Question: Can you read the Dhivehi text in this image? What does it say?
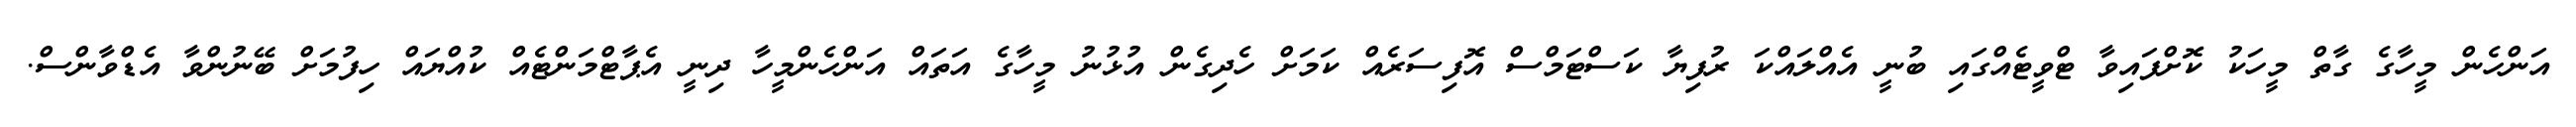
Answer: އަންހެން މީހާގެ ގާތް މީހަކު ކޮށްފައިވާ ޓްވީޓެއްގައި ބުނީ އެއްލައްކަ ރުފިޔާ ކަސްޓަމްސް އޮފިސަރެއް ކަމަށް ހެދިގެން އުޅުނު މީހާގެ އަތައް އަންހެންމީހާ ދިނީ އެޕާޓްމަންޓެއް ކުއްޔައް ހިފުމަށް ބޭނުންވާ އެޑްވާންސް.